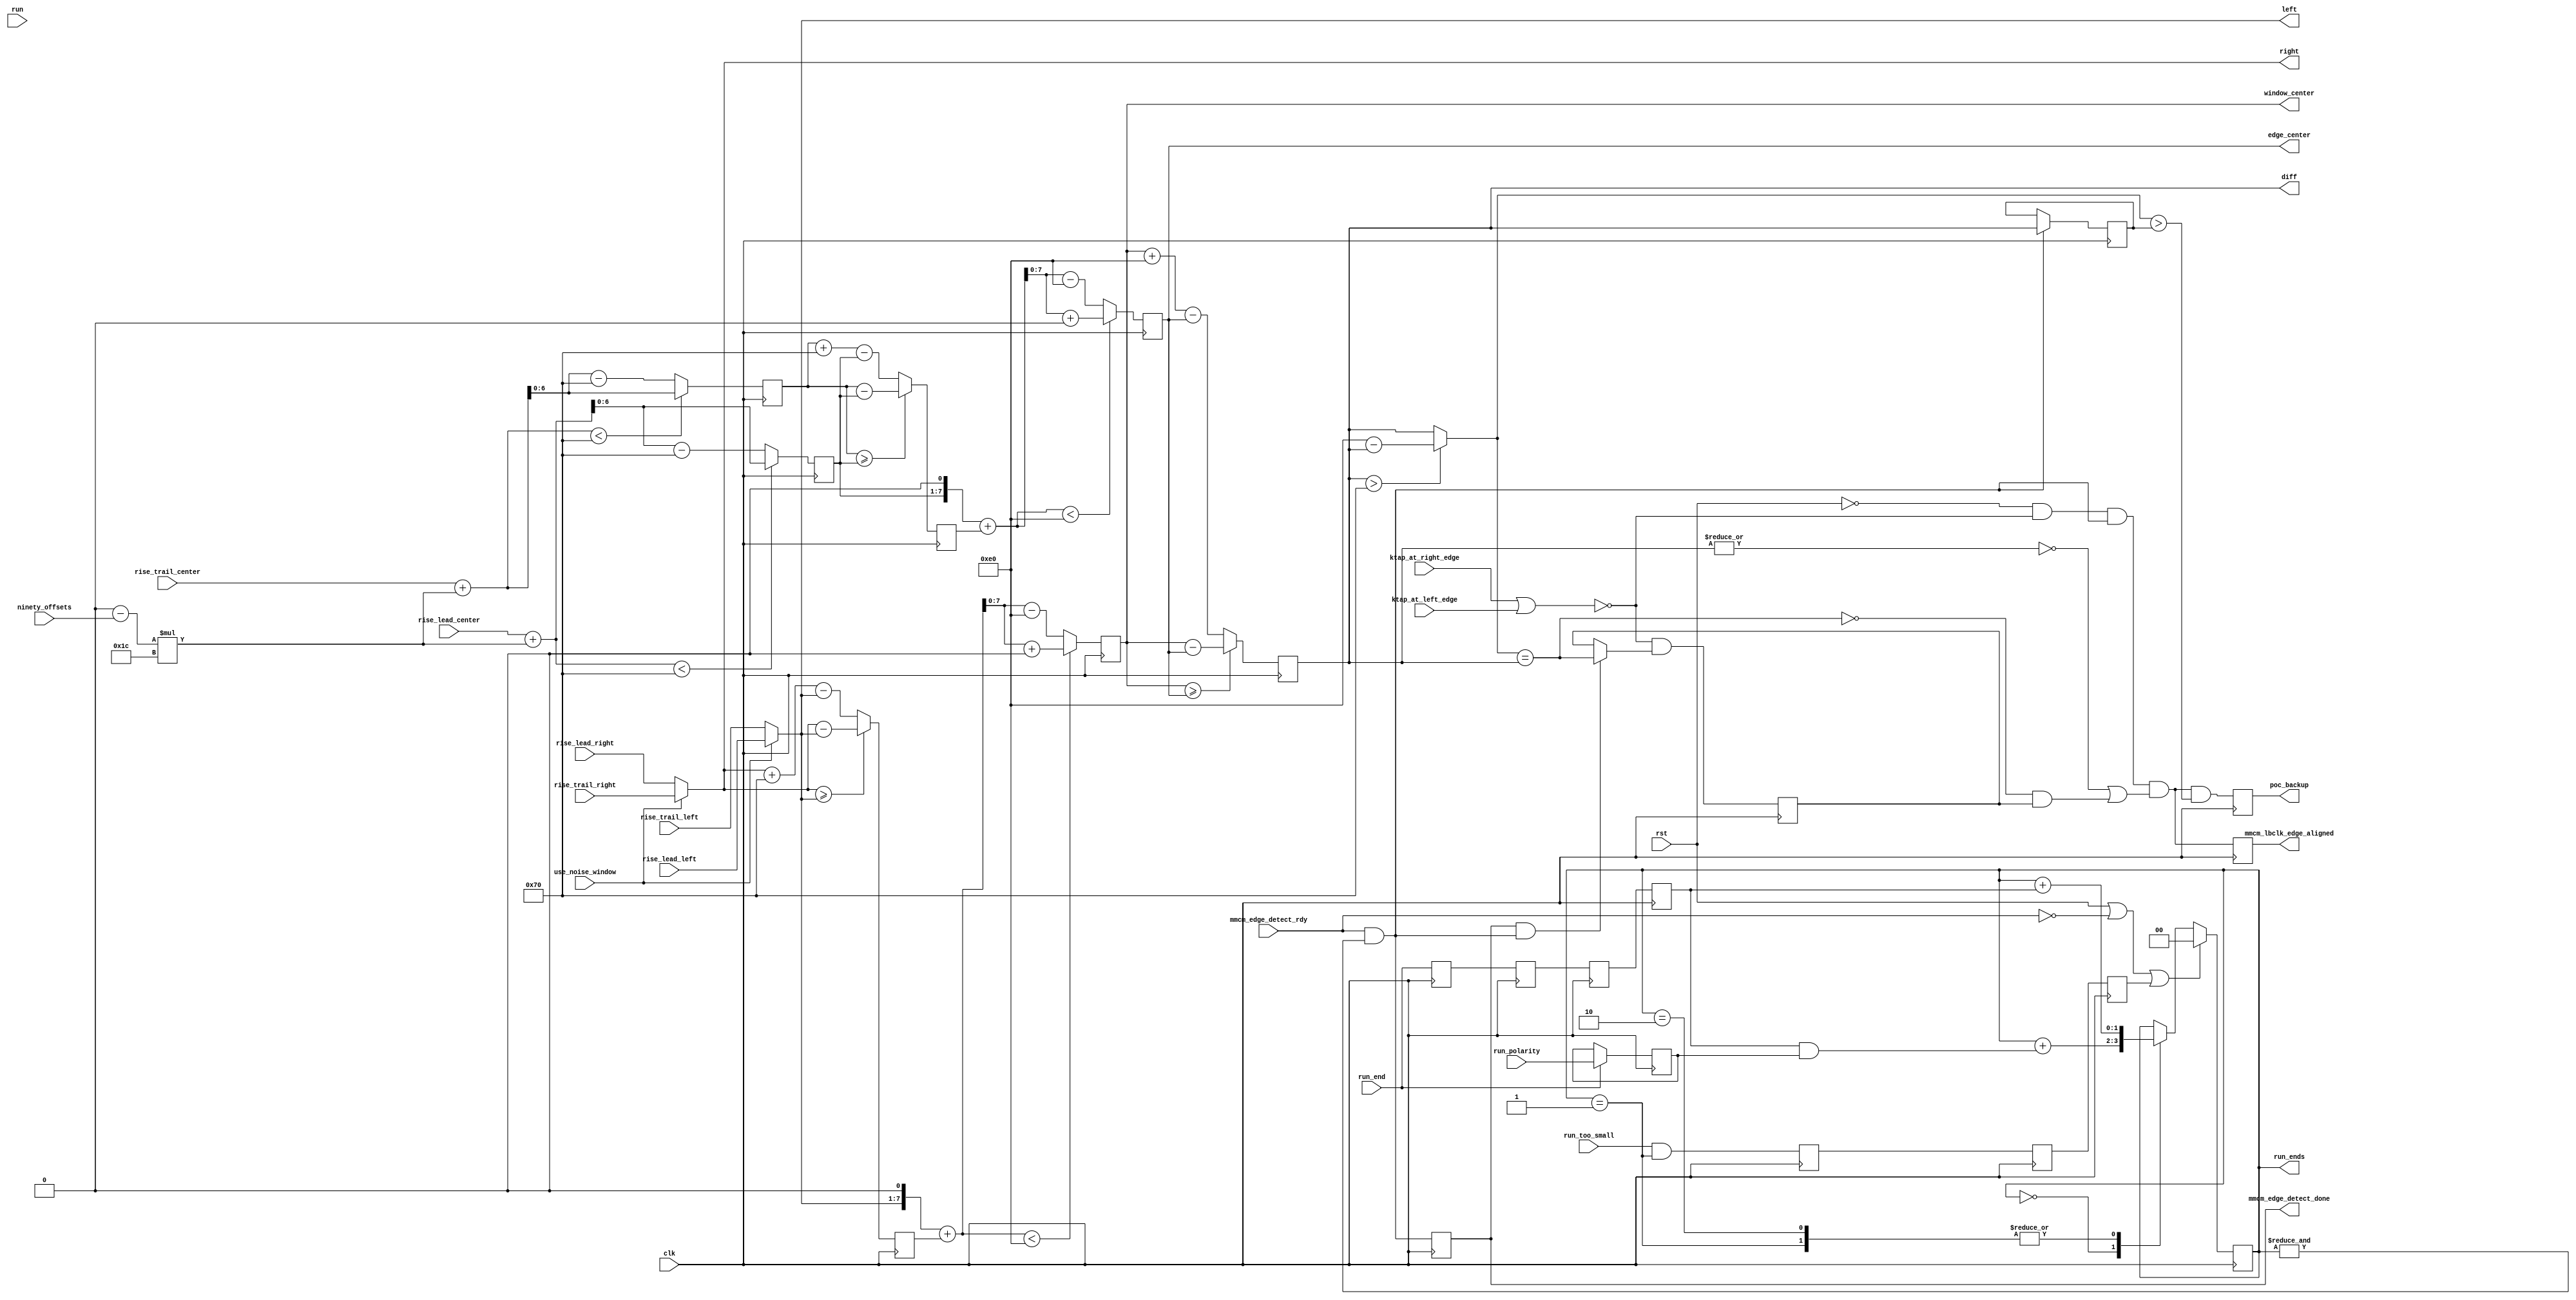
// This program was cloned from: https://github.com/sergeykhbr/riscv_vhdl
// License: Apache License 2.0

//*****************************************************************************
// (c) Copyright 2009 - 2012 Xilinx, Inc. All rights reserved.
//
// This file contains confidential and proprietary information
// of Xilinx, Inc. and is protected under U.S. and
// international copyright and other intellectual property
// laws.
//
// DISCLAIMER
// This disclaimer is not a license and does not grant any
// rights to the materials distributed herewith. Except as
// otherwise provided in a valid license issued to you by
// Xilinx, and to the maximum extent permitted by applicable
// law: (1) THESE MATERIALS ARE MADE AVAILABLE "AS IS" AND
// WITH ALL FAULTS, AND XILINX HEREBY DISCLAIMS ALL WARRANTIES
// AND CONDITIONS, EXPRESS, IMPLIED, OR STATUTORY, INCLUDING
// BUT NOT LIMITED TO WARRANTIES OF MERCHANTABILITY, NON-
// INFRINGEMENT, OR FITNESS FOR ANY PARTICULAR PURPOSE; and
// (2) Xilinx shall not be liable (whether in contract or tort,
// including negligence, or under any other theory of
// liability) for any loss or damage of any kind or nature
// related to, arising under or in connection with these
// materials, including for any direct, or any indirect,
// special, incidental, or consequential loss or damage
// (including loss of data, profits, goodwill, or any type of
// loss or damage suffered as a result of any action brought
// by a third party) even if such damage or loss was
// reasonably foreseeable or Xilinx had been advised of the
// possibility of the same.
//
// CRITICAL APPLICATIONS
// Xilinx products are not designed or intended to be fail-
// safe, or for use in any application requiring fail-safe
// performance, such as life-support or safety devices or
// systems, Class III medical devices, nuclear facilities,
// applications related to the deployment of airbags, or any
// other applications that could lead to death, personal
// injury, or severe property or environmental damage
// (individually and collectively, "Critical
// Applications"). Customer assumes the sole risk and
// liability of any use of Xilinx products in Critical
// Applications, subject only to applicable laws and
// regulations governing limitations on product liability.
//
// THIS COPYRIGHT NOTICE AND DISCLAIMER MUST BE RETAINED AS
// PART OF THIS FILE AT ALL TIMES.
//
//*****************************************************************************
//   ____  ____
//  /   /\/   /
// /___/  \  /    Vendor: Xilinx
// \   \   \/     Version:%version
//  \   \         Application: MIG
//  /   /         Filename: mig_7series_v4_2_poc_meta.v
// /___/   /\     Date Last Modified: $$
// \   \  /  \    Date Created:Tue 15 Jan 2014
//  \___\/\___\
//
//Device: Virtex-7
//Design Name: DDR3 SDRAM
//Purpose: Phaser output calibration meta controller.
//
// Compute center of the window  set up with with the ktap_left, 
// ktap_right dance (hereafter "the window").  Also compute center of the 
// edge (hereafter "the edge") to be aligned in the center
// of this window.
//
// Following the ktap_left/right dance, the to be centered edge is 
// always left at the right edge of the window
// if SCANFROMRIGHT == 1, and the left edge otherwise.  
//
// An assumption is the rise(0) case has a window wider than the noise on the
// edge.  The noise case with the possibly narrow window
// will always be shifted by 90.  And the fall(180) case is shifted by
// 90 twice.  Hence when we start, we can assume the center of the
// edge is to the right/left of the the window center.
//
// The actual hardware does not necessarily monotonically appear to
// move the window centers.  Because of noise, it is possible for the
// centered edge to move opposite the expected direction with a tap increment.
//
// This problem is solved by computing the absolute difference between
// the centers and the circular distance between the centers.  These will
// be the same until the difference transits through zero.  Then the circular
// difference will jump to almost the value of TAPSPERKCLK.
//
// The window center computation is done at 1/2 tap increments to maintain
// resolution through the divide by 2 for centering.
//
// There is a corner case of when the shift is greater than 180 degress.  In
// this case the absolute difference and the circular difference will be
// unequal at the beginning of the alignment.  This is solved by latching
// if they are equal at the end of each cycle.  The completion must see
// that they were equal in the previous cycle, but are not equal in this cycle.
//
// Since the phaser out steps are of unknown size, it is possible to overshoot
// the center.  The previous difference is recorded and if its less than the current
// difference, poc_backup is driven high.
//
//Reference:
//Revision History:
//*****************************************************************************

`timescale 1 ps / 1 ps

module mig_7series_v4_2_poc_meta #
  (parameter SCANFROMRIGHT              = 0,
   parameter TCQ                        = 100,
   parameter TAPCNTRWIDTH               = 7,
   parameter TAPSPERKCLK                = 112)
  (/*AUTOARG*/
  // Outputs
  run_ends, mmcm_edge_detect_done, edge_center, left, right,
  window_center, diff, poc_backup, mmcm_lbclk_edge_aligned,
  // Inputs
  rst, clk, mmcm_edge_detect_rdy, run_too_small, run, run_end,
  run_polarity, rise_lead_right, rise_trail_left, rise_lead_center,
  rise_trail_center, rise_trail_right, rise_lead_left, ninety_offsets,
  use_noise_window, ktap_at_right_edge, ktap_at_left_edge
  );

  localparam NINETY = TAPSPERKCLK/4;
  
  function [TAPCNTRWIDTH-1:0] offset (input [TAPCNTRWIDTH-1:0] a, 
                                      input [1:0] b,
                                      input integer base);
    integer offset_ii;
    begin
      offset_ii = (a + b * NINETY) < base
                     ? (a + b * NINETY) 
                     : (a + b * NINETY - base);
      offset = offset_ii[TAPCNTRWIDTH-1:0];
    end
  endfunction // offset

  function [TAPCNTRWIDTH-1:0] mod_sub (input [TAPCNTRWIDTH-1:0] a, 
                                       input [TAPCNTRWIDTH-1:0] b,
                                       input integer base); 
    begin
      mod_sub = (a>=b) ? a-b : a+base-b;
    end
  endfunction // mod_sub

  function [TAPCNTRWIDTH:0] center (input [TAPCNTRWIDTH-1:0] left, 
                                    input [TAPCNTRWIDTH-1:0] diff,
                                    input integer base);
    integer center_ii;
    begin
      center_ii = ({left, 1'b0} + diff < base * 2)
                    ? {left, 1'b0} + diff + 32'h0
	            : {left, 1'b0} + diff - base * 2;
      center = center_ii[TAPCNTRWIDTH:0];
    end
  endfunction // center

  input rst;
  input clk;


  input mmcm_edge_detect_rdy;

  reg [1:0] run_ends_r;

  input run_too_small;
  reg run_too_small_r1, run_too_small_r2, run_too_small_r3;

  always @ (posedge clk) run_too_small_r1 <= #TCQ run_too_small & (run_ends_r == 'd1);  //align with run_end_r1;
  always @ (posedge clk) run_too_small_r2 <= #TCQ run_too_small_r1;
  always @ (posedge clk) run_too_small_r3 <= #TCQ run_too_small_r2;

  wire reset_run_ends = rst || ~mmcm_edge_detect_rdy || run_too_small_r3 ;

  // This input used only for the SVA.
  input [TAPCNTRWIDTH-1:0] run;
  
  input run_end;
  reg run_end_r, run_end_r1, run_end_r2, run_end_r3;
  always @(posedge clk) run_end_r <= #TCQ run_end;
  always @(posedge clk) run_end_r1 <= #TCQ run_end_r;
  always @(posedge clk) run_end_r2 <= #TCQ run_end_r1;
  always @(posedge clk) run_end_r3 <= #TCQ run_end_r2;

  input run_polarity;
  reg run_polarity_held_ns, run_polarity_held_r;
  always @(posedge clk) run_polarity_held_r <= #TCQ run_polarity_held_ns;
  always @(*) run_polarity_held_ns = run_end ? run_polarity : run_polarity_held_r;
  
  reg [1:0] run_ends_ns;
  always @(posedge clk) run_ends_r <= #TCQ run_ends_ns;
  always @(*) begin
    run_ends_ns = run_ends_r;
    if (reset_run_ends) run_ends_ns = 2'b0;
    else case (run_ends_r) 
           2'b00 : run_ends_ns = run_ends_r + {1'b0, run_end_r3 && run_polarity_held_r};
	   2'b01, 2'b10 : run_ends_ns = run_ends_r + {1'b0, run_end_r3};
	  endcase // case (run_ends_r)
  end // always @ begin
  output [1:0] run_ends;
  assign run_ends = run_ends_r;

  reg done_r;
  wire done_ns = mmcm_edge_detect_rdy && &run_ends_r;
  always @(posedge clk) done_r <= #TCQ done_ns;
  output mmcm_edge_detect_done;
  assign mmcm_edge_detect_done = done_r;  

  input [TAPCNTRWIDTH-1:0] rise_lead_right;
  input [TAPCNTRWIDTH-1:0] rise_trail_left;
  input [TAPCNTRWIDTH-1:0] rise_lead_center;
  input [TAPCNTRWIDTH-1:0] rise_trail_center;
  input [TAPCNTRWIDTH-1:0] rise_trail_right;
  input [TAPCNTRWIDTH-1:0] rise_lead_left;

  input [1:0] ninety_offsets;
  wire [1:0] offsets = SCANFROMRIGHT == 1 ? ninety_offsets : 2'b00 - ninety_offsets;

  wire [TAPCNTRWIDTH-1:0] rise_lead_center_offset_ns = offset(rise_lead_center, offsets, TAPSPERKCLK);
  wire [TAPCNTRWIDTH-1:0] rise_trail_center_offset_ns = offset(rise_trail_center, offsets, TAPSPERKCLK);
  reg [TAPCNTRWIDTH-1:0] rise_lead_center_offset_r, rise_trail_center_offset_r;
  always @(posedge clk) rise_lead_center_offset_r <= #TCQ rise_lead_center_offset_ns;
  always @(posedge clk) rise_trail_center_offset_r <= #TCQ rise_trail_center_offset_ns;

  wire [TAPCNTRWIDTH-1:0] edge_diff_ns = mod_sub(rise_trail_center_offset_r, rise_lead_center_offset_r, TAPSPERKCLK);
  reg [TAPCNTRWIDTH-1:0] edge_diff_r;
  always @(posedge clk) edge_diff_r <= #TCQ edge_diff_ns;
  
  wire [TAPCNTRWIDTH:0] edge_center_ns = center(rise_lead_center_offset_r, edge_diff_r, TAPSPERKCLK);
  reg [TAPCNTRWIDTH:0] edge_center_r;
  always @(posedge clk) edge_center_r <= #TCQ edge_center_ns;
  output [TAPCNTRWIDTH:0] edge_center;
  assign edge_center = edge_center_r;

  input use_noise_window;
  output [TAPCNTRWIDTH-1:0] left, right;
  assign left = use_noise_window ? rise_lead_left : rise_trail_left;
  assign right = use_noise_window ? rise_trail_right : rise_lead_right;

  wire [TAPCNTRWIDTH-1:0] center_diff_ns = mod_sub(right, left, TAPSPERKCLK);
  reg [TAPCNTRWIDTH-1:0] center_diff_r;
  always @(posedge clk) center_diff_r <= #TCQ center_diff_ns;
  
  wire [TAPCNTRWIDTH:0] window_center_ns = center(left, center_diff_r, TAPSPERKCLK);
  reg [TAPCNTRWIDTH:0] window_center_r;
  always @(posedge clk) window_center_r <= #TCQ window_center_ns;
  output [TAPCNTRWIDTH:0] window_center;
  assign window_center = window_center_r;

  localparam TAPSPERKCLKX2 = TAPSPERKCLK * 2;

  wire [TAPCNTRWIDTH+1:0] left_center = {1'b0, SCANFROMRIGHT == 1 ? window_center_r : edge_center_r};
  wire [TAPCNTRWIDTH+1:0] right_center = {1'b0, SCANFROMRIGHT == 1 ? edge_center_r : window_center_r};
			  
  wire [TAPCNTRWIDTH+1:0] diff_ns = right_center >= left_center
                                     ? right_center - left_center
                                     : right_center + TAPSPERKCLKX2[TAPCNTRWIDTH+1:0] - left_center;
  
  reg [TAPCNTRWIDTH+1:0] diff_r;
  always @(posedge clk) diff_r <= #TCQ diff_ns;
  output [TAPCNTRWIDTH+1:0] diff;
  assign diff = diff_r;

  wire [TAPCNTRWIDTH+1:0] abs_diff = diff_r > TAPSPERKCLKX2[TAPCNTRWIDTH+1:0]/2
                                       ? TAPSPERKCLKX2[TAPCNTRWIDTH+1:0] - diff_r
                                       : diff_r;

  reg [TAPCNTRWIDTH+1:0] prev_ns, prev_r;
  always @(posedge clk) prev_r <= #TCQ prev_ns;
  always @(*) prev_ns = done_ns ? diff_r : prev_r;

  input ktap_at_right_edge;
  input ktap_at_left_edge;
  
  wire centering = !(ktap_at_right_edge || ktap_at_left_edge);
  wire diffs_eq = abs_diff == diff_r;
  reg diffs_eq_ns, diffs_eq_r;
  always @(*) diffs_eq_ns = centering && ((done_r && done_ns) ? diffs_eq : diffs_eq_r);
  always @(posedge clk) diffs_eq_r <= #TCQ diffs_eq_ns;

  reg edge_aligned_r;
  reg prev_valid_ns, prev_valid_r;
  always @(posedge clk) prev_valid_r <= #TCQ prev_valid_ns;
  always @(*) prev_valid_ns = (~rst && ~ktap_at_right_edge && ~ktap_at_left_edge && ~edge_aligned_r) && prev_valid_r | done_ns;

  wire indicate_alignment = ~rst && centering && done_ns;
  wire edge_aligned_ns = indicate_alignment && (~|diff_r || ~diffs_eq & diffs_eq_r);
  always @(posedge clk) edge_aligned_r <= #TCQ edge_aligned_ns;

  reg poc_backup_r;
  wire poc_backup_ns = edge_aligned_ns && abs_diff > prev_r;
  always @(posedge clk) poc_backup_r <= #TCQ poc_backup_ns;
  output poc_backup;
  assign poc_backup = poc_backup_r;

  output mmcm_lbclk_edge_aligned;
  assign mmcm_lbclk_edge_aligned = edge_aligned_r;
  
endmodule // mig_7series_v4_2_poc_meta

// Local Variables:
// verilog-library-directories:(".")
// verilog-library-extensions:(".v")
// End: